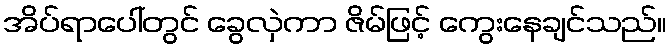
အိပ်ရာပေါ်တွင် ခွေလှဲကာ ဇိမ်ဖြင့် ကွေးနေချင်သည်။